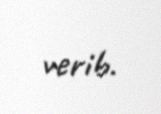
verib.